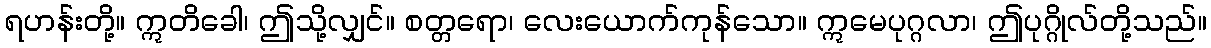
ရဟန်းတို့။ ဣတိခေါ၊ ဤသို့လျှင်။ စတ္တရော၊ လေးယောက်ကုန်သော။ ဣမေပုဂ္ဂလာ၊ ဤပုဂ္ဂိုလ်တို့သည်။